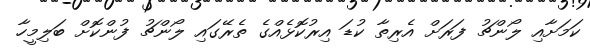
ކަމަށާއި ލޯންޗު ފަރަށް އެރިތާ ކުޑަ އިރުކޮޅެއްގެ ތެރޭގައި ލޯންޗު ފުންކޮށް ބަލިމީހާ